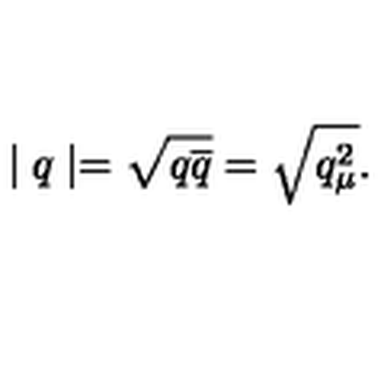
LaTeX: \mid q \mid = \sqrt { q \overline { { q } } } = \sqrt { q _ { \mu } ^ { 2 } } .